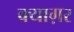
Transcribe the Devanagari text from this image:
क्याग़र